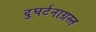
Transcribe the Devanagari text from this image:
दुघर्टनाग्रस्त